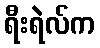
ရီးရဲလ်က